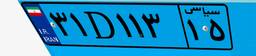
۳۱D۱۱۳۱۵